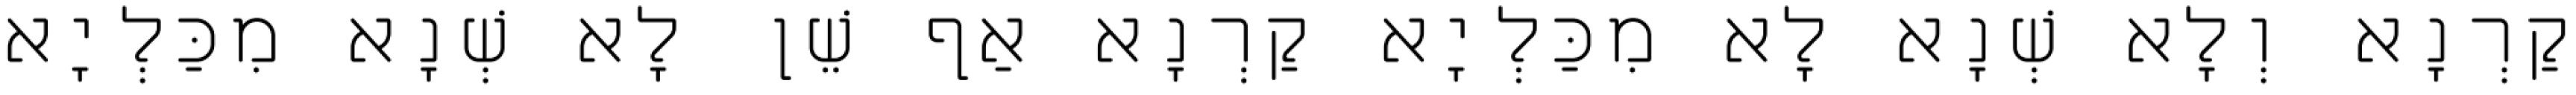
קַרְנָא וְלָא שְׁנָא לָא מִכַּלְיָא קַרְנָא אַף שֵׁן לָא שְׁנָא מִכַּלְיָא